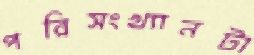
পরিসংখ্যানটা